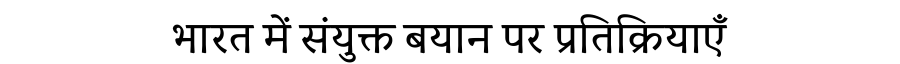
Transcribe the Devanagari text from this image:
भारत में संयुक्त बयान पर प्रतिक्रियाएँ